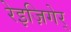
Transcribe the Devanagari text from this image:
रेइज़िगेर्